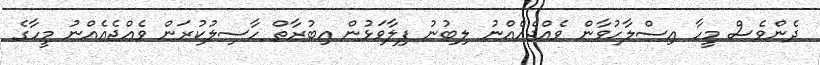
ދެންވެސް މީހާ އިސްލާހުވާން ވެއްޖެއެއްނު ލިބުނު ފިލާވަޅުން ޢިބުރާތް ހާސިލުކުރަން ވެއްޖެއެއްނު މީހާގެ